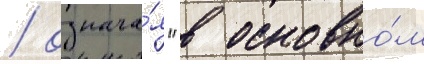
/ означа́я "в основно́м